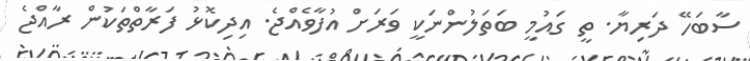
ސާބަހޭ ދަރިޔާ. ތީ ގައުމީ ބަތަލުންނަކީ ވަރަށް އުފާވެއްޖެ. އިދިކޮޅު ފަރާތްތަކުން ރާއްޖެ